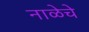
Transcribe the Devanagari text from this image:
नाळेचे